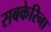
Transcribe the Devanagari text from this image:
सबकेरिना